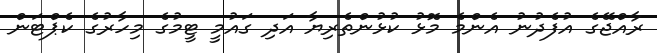
ރާއްޖޭގެ އުފެދުނު އެންމެ މޮޅު ކުޅުންތެރިޔާ އަދި ގައުމީ ޓީމުގެ މިހާރުގެ ކެޕްޓަން